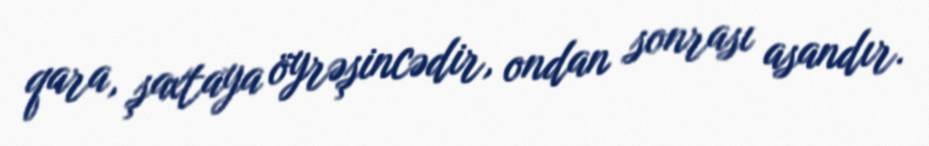
qara, şaxtaya öyrəşincədir, ondan sonrası asandır.